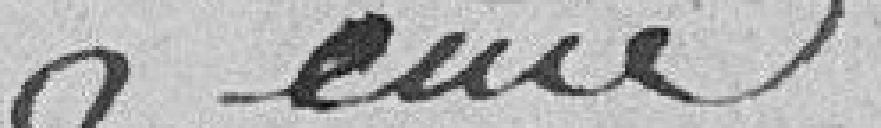
ème